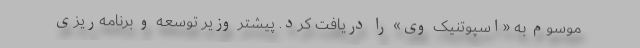
موسوم به «اسپوتنیک وی» را دریافت کرد. پیشتر وزیر توسعه و برنامه‌ریزی